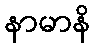
နာမာနိ